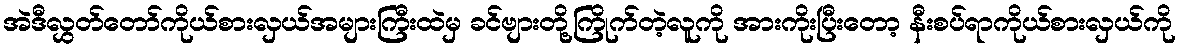
အဲဒီလွှတ်တော်ကိုယ်စားလှယ်အများကြီးထဲမှ ခင်ဗျားတို့ကြိုက်တဲ့လူကို အားကိုးပြီးတော့ နီးစပ်ရာကိုယ်စားလှယ်ကို